Report of the King Institute of Preventive Medicine, Guindy
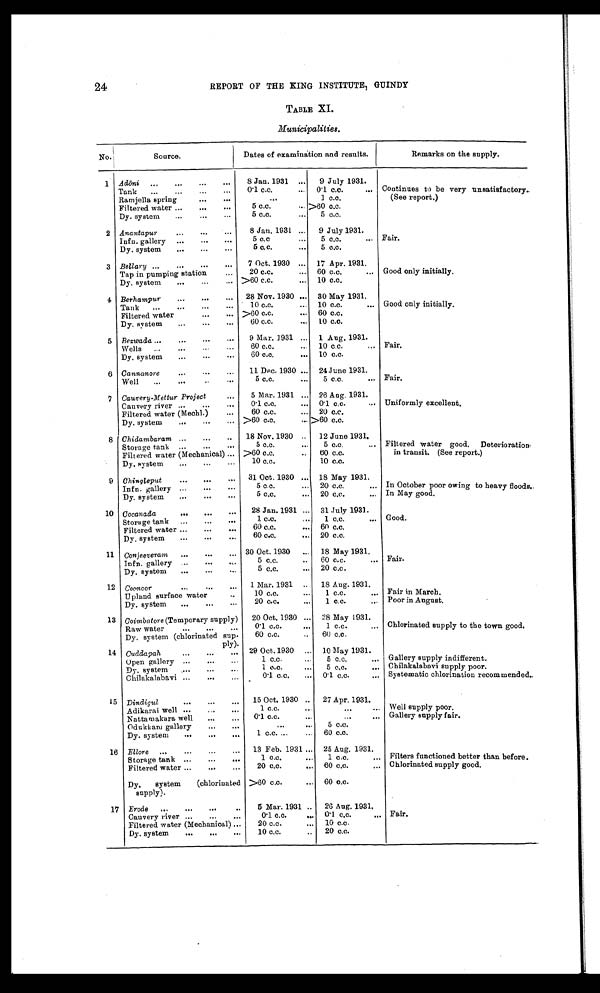
24
REPORT OF THE KING INSTITUTE, GUINDY
TABLE XI.
Municipalities.
No.
Source.
Dates of examination and results.
Remarks on the supply.
1 Adōni
8 Jan. 1931
9 July 1931.
Tank
0·1 c.c.
0·1 c.c.
Continues to be very unsatisfactory.
(See report.)
Ramjella spring
1 c.c.
Filtered water
5 c.c.
>60 c.c.
Dy. system
5 c.c.
5 c.c.
2 Anantapur
8 Jan. 1931
9 July 1931.
Infn. gallery
5 c.c.
5 c.c.
Fair.
Dy. system
5 c.c.
5 c.c.
3 Bellary
7 Oct. 1930
17 Apr. 1931.
Tap in pumping station
20 c.c.
60 c.c.
Good only initially.
Dy. system
>60 c.c.
10 c.c.
4 Berhampur
28 Nov. 1930
30 May 1931.
Tank
10 c.c.
10 c.c.
Good only initially.
Filtered water
>60 c.c.
60 c.c.
Dy. system
60 c.c.
10 c.c.
5 Bezwada
9 Mar. 1931
1 Aug. 1931.
Wells
60 c.c.
10 c.c.
Fair.
Dy. system
60 c.c.
10 c.c.
6 Cannanore
11 Dec. 1930
24 June 1931.
Well
5 c.c.
5 c.c.
Fair.
7 Cauvery Mettur Project
5 Mar. 1931
26 Aug. 1931.
Cauvery river
0·1 c.c.
0·1 c.c.
Uniformly excellent.
Filtered water (Mechl.)
60 c.c.
20 c.c .
Dy. system
>60 c.c.
>60 c.c.
8 Chidambaram
18 Nov. 1930.
12 June 1931.
Storage tank
5 c.c.
5 c.c.
Filtered water good. Deterioration
in transit. (See report.)
Filtered water (Mechanical)
>60 c.c.
60 c.c.
Dy. system
10 c.c.
10 c.c.
9 Chingleput
31 Oct. 1930
18 May 1931.
Infn. gallery
5 c.c.
20 c.c.
In October poor owing to heavy floods.
Dy. system
5 c.c.
20 c.c.
In May good.
10 Cocanada
28 Jan. 1931
31 July 1931.
Storage tank
1 c.c.
1 c.c
Good.
Filtered water
60 c.c.
60 c.c.
Dy. system
60 c.c.
20 c.c.
11 Conjeeveram
30 Oct. 1930
18 May 1931.
Infn. gallery
5 c.c.
60 c.c.
Fair.
Dy. system
5 c.c.
20 c.c.
12 Coonoor
1 Mar. 1931
18 Aug. 1931.
Upland surface water
10 c.c.
1 c.c.
Fair in March.
Dy. system
20 c.c.
1 c.c.
Poor in August.
13 Coimbatore (Temporary supply)
20 Oct. 1930
8 May 1931.
Raw water
0·1 c.c.
1 c.c.
Chlorinated supply to the town good.
Dy. system (chlorinated sup
ply).
60 c.c.
60 c.c.
14 Cuddapah
29 Oct. 1930
10 May 1931.
Open gallery
1 c.c.
5 c.c.
Gallery supply indifferent.
Dy. system
1 c.c.
5 c.c.
Chilakalabavi supply poor.
Chilakalabavi
. 0·1 c.c.
0·1 c.c.
Systematic chlorination recommended..
15 Dindigul
15 Oct. 1930
27 Apr. 1931.
Adikarai well
1 c.c.
Well supply poor.
Nattamakara well
0·1 c.c.
Gallery supply fair.
Odukkam gallery
5 c.c.
Dy. system
1 c.c.
60 c.c.
16 Ellore
13 Feb. 1931
25 Aug. 1931.
Storage tank
1 c.c.
1 c.c.
Filters functioned better than before.
Filtered water
20 c.c.
60 c.c.
Chlorinated supply good.
Dy. system (chlorinated
supply).
>60 c.c.
60 c.c.
17 Erode
5 Mar. 1931
26 Aug. 1931.
Cauvery river
0·1 c.c.
0·1 c.c.
Fair.
Filtered water (Mechanical)
20 c.c.
10 c.c.
Dy. system
10 c.c.
20 c.c.